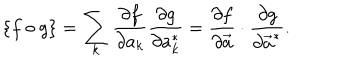
\{ f \circ g \} = \sum _ { k } { \frac { \partial f } { \partial a _ { k } } } { \frac { \partial g } { \partial a _ { k } ^ { * } } } = { \frac { \partial f } { \partial { \vec { a } } } } \cdot { \frac { \partial g } { \partial { \vec { a } } ^ { * } } } .